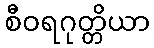
စီဝရဂုတ္တိယာ